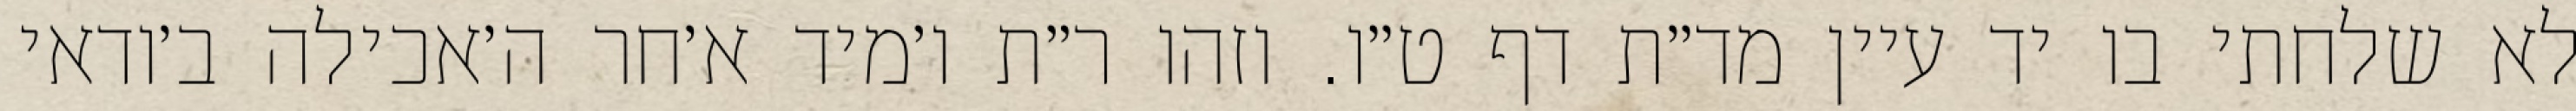
לא שלחתי בו יד עיין מד״ת דף ט״ו. וזהו ר״ת ו׳מיד א׳חר ה׳אכילה ב׳ודאי